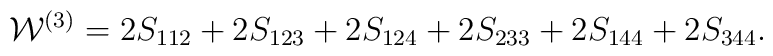
{\cal W}^{(3)}=2S_{112}+2S_{123}+2S_{124}+2S_{233}+2S_{144}+2S_{344}.